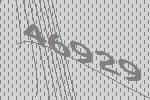
46929